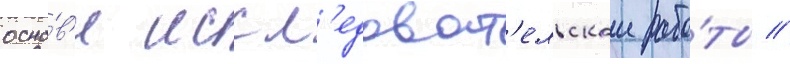
осно́в'е иссл'едоват'ельскои рабо́ты //